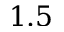
1 . 5